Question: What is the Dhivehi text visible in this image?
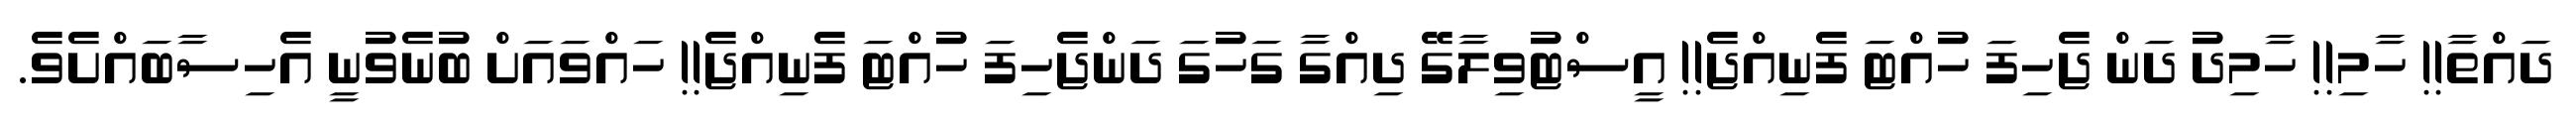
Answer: ދައްތާ!! ހާމި!! ހާމިދު ދަން ޖެހިފަ ހުއްޓަ ފެނިއްޖެ!! އީސްޓުވިލާގޭ ދިއްގާ ގަހުގަ ދަންޖެހިފަ ހުއްޓަ ފެނިއްޖެ!! ހައްވައަށް ބުނެވުނީ އެހިސާބައްށެވެ.